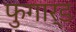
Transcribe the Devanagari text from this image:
फुगार्ड